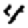
Digit: 4